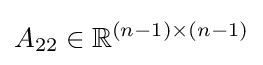
A_{22}\in \mathbb {R} ^{(n-1)\times (n-1)}